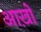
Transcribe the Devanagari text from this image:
आख़ों